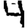
Digit: 4